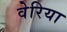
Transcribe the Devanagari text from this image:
वेरिया